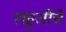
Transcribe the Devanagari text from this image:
लहुजींचे